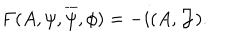
F ( A , \psi , \overline { { \psi } } , \phi ) = - i ( A , { \cal J } ) .